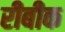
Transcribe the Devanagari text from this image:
रीबीक